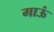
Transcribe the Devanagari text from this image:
गाऊं